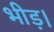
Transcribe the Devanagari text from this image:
भीड़।